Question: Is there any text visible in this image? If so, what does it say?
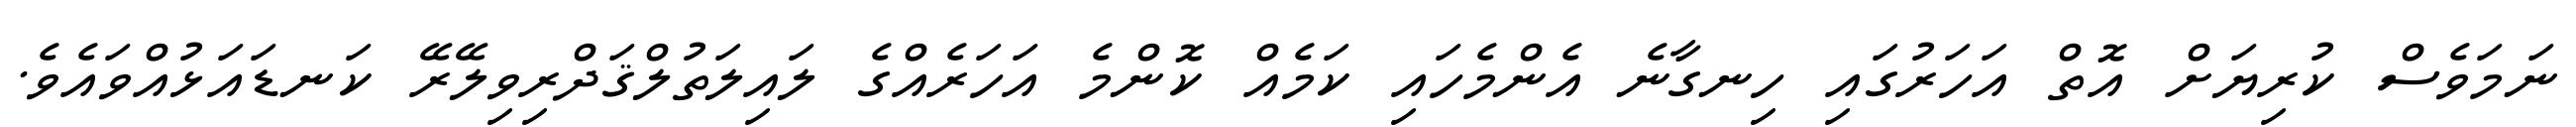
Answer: ނަމަވެސް ކުރިޔަށް އޮތް އަހަރުގައި ހިނގާނެ އެންމެހައި ކަމެއް ކޮންމެ އަހަރެއްގެ ލައިލަތުލްޤަދްރިވިލޭރޭ ކަނޑައަޅުއްވައެވެ.